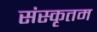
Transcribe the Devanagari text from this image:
संस्कृतम